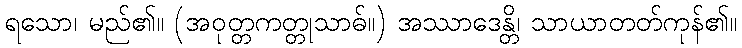
ရသော၊ မည်၏။ (အဝုတ္တကတ္တုသာဓ်။) အဿာဒေန္တိ၊ သာယာတတ်ကုန်၏။